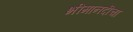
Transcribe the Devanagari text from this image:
भीमानदीचा